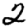
Digit: 2